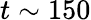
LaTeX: t\sim 150